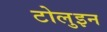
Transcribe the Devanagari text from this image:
टोलुइन